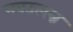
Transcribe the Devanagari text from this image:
नवउत्पन्न